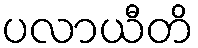
ပလာယီတိ